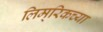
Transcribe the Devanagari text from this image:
लिम्‌रिकच्या